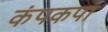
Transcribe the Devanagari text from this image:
कंपकपा